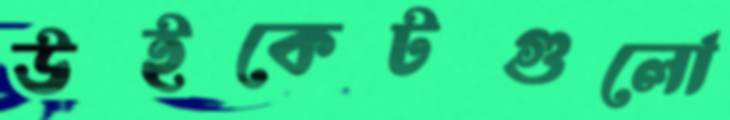
উইকেটগুলো